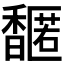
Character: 𬳤